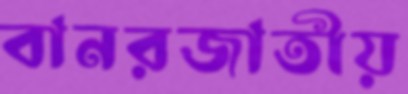
বানরজাতীয়